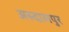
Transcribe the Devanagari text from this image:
अस्दालपुर